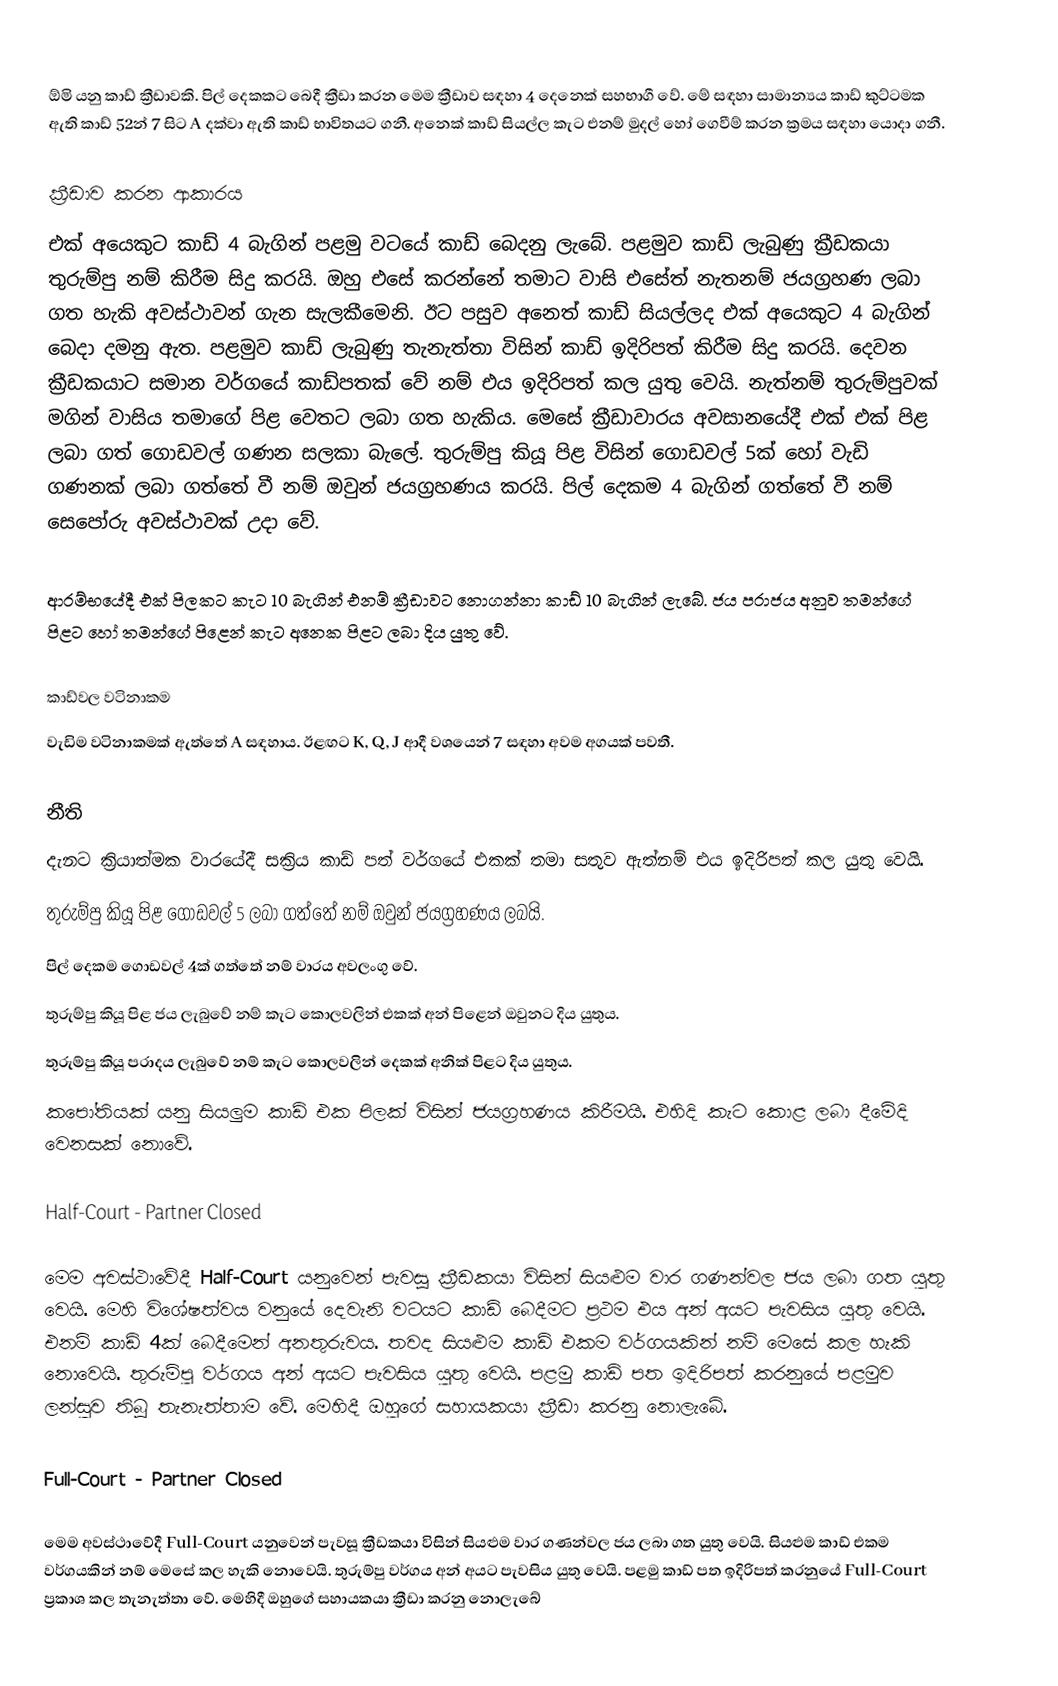
ඕමි යනු කාඩ් ක්‍රීඩාවකි. පිල් දෙකකට බෙදී ක්‍රීඩා කරන මෙම ක්‍රීඩාව සඳහා 4 දෙනෙක් සහභාගී වේ. මේ සඳහා සාමාන්‍යය කාඩ් කුට්ටමක ඇති කාඩ් 52න් 7 සිට A දක්වා ඇති කාඩ් භාවිතයට ගනී. අනෙක් කාඩ් සියල්ල කැට එනම් මුදල් හෝ ගෙවීම් කරන ක්‍රමය සඳහා යොදා ගනී.

ක්‍රීඩාව කරන ආකාරය
එක් අයෙකුට කාඩ් 4 බැගින් පළමු වටයේ කාඩ් බෙදනු ලැබේ. පළමුව කාඩ් ලැබුණු ක්‍රීඩකයා තුරුම්පු නම් කිරීම සිදු කරයි. ඔහු එසේ කරන්නේ තමාට වාසි එසේත් නැතනම් ජයග්‍රහණ ලබා ගත හැකි අවස්ථාවන් ගැන සැලකීමෙනි. ඊට පසුව අනෙත් කාඩ් සියල්ලද එක් අයෙකුට 4 බැගින් බෙදා දමනු ඇත. පළමුව කාඩ් ලැබුණු තැනැත්තා විසින් කාඩ් ඉදිරිපත් කිරීම සිදු කරයි.  දෙවන ක්‍රීඩකයාට සමාන වර්ගයේ කාඩ්පතක් වේ නම් එය ඉදිරිපත් කල යුතු වෙයි. නැත්නම් තුරුම්පුවක් මගින් වාසිය තමාගේ  පිළ වෙතට ලබා ගත හැකිය. මෙසේ ක්‍රීඩාවාරය අවසානයේදී එක් එක් පිළ ලබා ගත් ගොඩවල් ගණන සලකා බැලේ. තුරුම්පු කියූ පිළ විසින් ගොඩවල් 5ක් හෝ වැඩි ගණනක් ලබා ගත්තේ වී නම් ඔවුන් ජයග්‍රහණය කරයි. පිල් දෙකම 4 බැගින් ගත්තේ වී නම් සෙපෝරු අවස්ථාවක් උදා වේ.

ආරම්භයේදී එක් පිලකට කැට 10 බැගින් එනම් ක්‍රීඩාවට නොගන්නා කාඩ් 10 බැගින් ලැබේ. ජය පරාජය අනුව තමන්ගේ පිළට හෝ තමන්ගේ පිළෙන් කැට අනෙක පිළට ලබා දිය යුතු වේ.

කාඩ්වල වටිනාකම
වැඩිම වටිනාකමක් ඇත්තේ A සඳහාය. ඊළඟට K, Q, J ආදී වශයෙන් 7 සඳහා අවම අගයක් පවතී.

නීති
දැනට ක්‍රියාත්මක වාරයේදී සක්‍රිය කාඩ් පත් වර්ගයේ එකක් තමා සතුව ඇත්නම් එය ඉදිරිපත් කල යුතු වෙයි.
තුරුම්පු කියූ පිළ ගොඩවල් 5 ලබා ගත්තේ නම් ඔවුන් ජයග්‍රහණය ලබයි.
පිල් දෙකම ගොඩවල් 4ක් ගත්තේ නම් වාරය අවලංගු වේ.
තුරුම්පු කියූ පිළ ජය ලැබුවේ නම් කැට කොලවලින් එකක් අන් පිළෙන් ඔවුනට දිය යුතුය.
තුරුම්පු කියූ පරාදය  ලැබුවේ නම් කැට කොලවලින් දෙකක් අනික් පිළට දිය යුතුය.
කපෝතියක් යනු සියලුම කාඩ් එක පිලක් විසින් ජයග්‍රහණය කිරීමයි. එහිදි කැට කොළ ලබා දීමේදි වෙනසක් නොවේ.

 Half-Court - Partner Closed

මෙම අවස්ථාවේදී Half-Court යනුවෙන් පැවසූ ක්‍රීඩකයා විසින් සියළුම වාර ගණන්වල ජය ලබා ගත යුතු වෙයි. මෙහි විශේෂත්වය වනුයේ දෙවැනි වටයට කාඩ් බෙදීමට ප්‍රථම එය අන් අයට පැවසිය යුතු වෙයි. එනම් කාඩ් 4ක් බෙදීමෙන් අනතුරුවය. තවද සියළුම කාඩ් එකම වර්ගයකින් නම් මෙසේ කල හැකි නොවෙයි. තුරුම්පු වර්ගය අන් අයට පැවසිය යුතු වෙයි. පළමු කාඩ් පත ඉදිරිපත් කරනුයේ පළමුව ලන්සුව තිබූ තැනැත්තාම වේ. මෙහිදී ඔහුගේ සහායකයා ක්‍රීඩා කරනු නොලැබේ.

Full-Court - Partner Closed

මෙම අවස්ථාවේදී Full-Court යනුවෙන් පැවසූ ක්‍රීඩකයා විසින් සියළුම වාර ගණන්වල ජය ලබා ගත යුතු වෙයි. සියළුම කාඩ් එකම වර්ගයකින් නම් මෙසේ කල හැකි නොවෙයි. තුරුම්පු වර්ගය අන් අයට පැවසිය යුතු වෙයි. පළමු කාඩ් පත ඉදිරිපත් කරනුයේ Full-Court ප්‍රකාශ කල තැනැත්තා වේ. මෙහිදී ඔහුගේ සහායකයා ක්‍රීඩා කරනු නොලැබේ